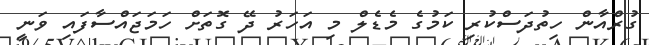
ގުރްއާން ހިތުދަސްކުރި ކަމުގެ މެޑެލް މި އަހަރު ދޭ ގޮތަށް ހަމަޖައްސާފައި ވަނީ